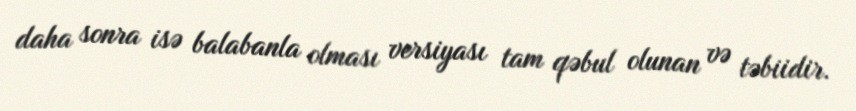
daha sonra isə balabanla olması versiyası tam qəbul olunan və təbiidir.